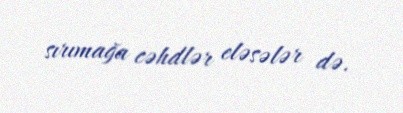
sırımağa cəhdlər eləsələr də.